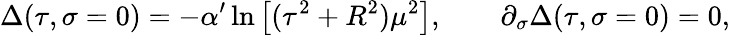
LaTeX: \Delta(\tau,\sigma=0)=-\alpha^{\prime}\ln\left[(\tau^{2}+R^{2})\mu^{2}\right],\qquad\partial_{\sigma}\Delta(\tau,\sigma=0)=0,